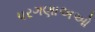
પરગણાઅઓ